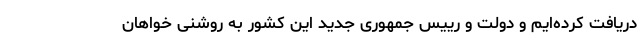
دریافت کرده‌ایم و دولت و رییس جمهوری جدید این کشور به روشنی خواهان